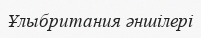
Ұлыбритания әншілері